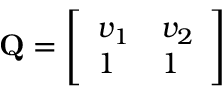
\begin{array} { r } { \mathbf { Q } = \left[ \begin{array} { l l } { v _ { 1 } } & { v _ { 2 } } \\ { 1 } & { 1 } \end{array} \right] } \end{array}